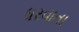
ધરવાતા